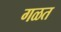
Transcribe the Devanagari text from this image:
गळत